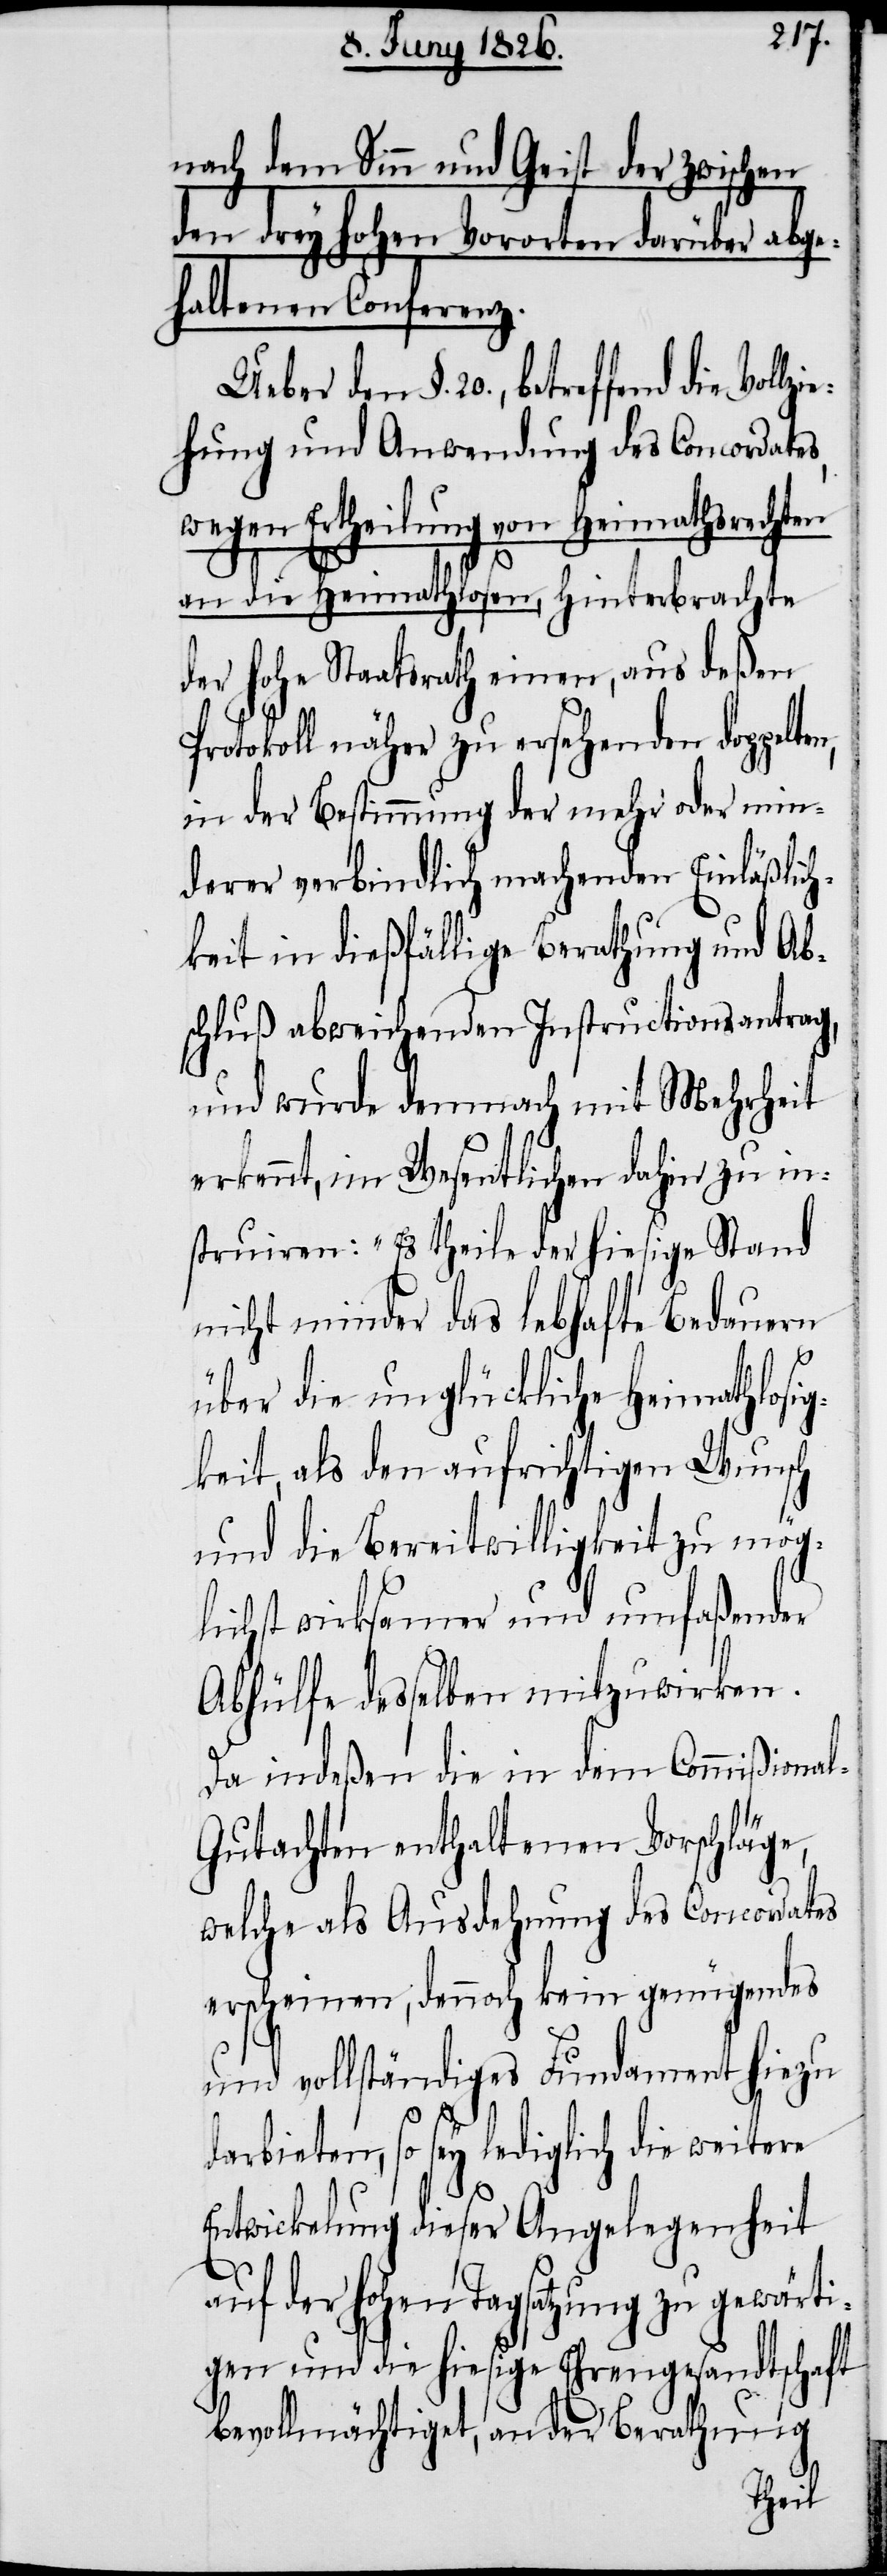
n.[“]
nach dem Sinn und Geist der zwischen
den drey hohen Vororten darüber abge¬
haltenen Conferenz.
Ueber den §. 20., betreffend die Vol¬
ehung und Anwendung des Concordates,
wegen Ertheilung von Heimathsrechten
an die Heimathlosen, hinterbrachte
der hohe Staatsrath einen, aus deßen
Protokoll näher zu ersehenden doppel¬
in der Bestimmung der mehr oder min¬
derer verbindlich machenden Einläßlich¬
keit in dießfällige Berathung und Ab¬
schluß abweichenden Instructionsantrag,
und wurde demnach mit Mehrheit
erkennt, im Wesentlichen dahin zu in¬
struiren: „Es theile der hiesige Stand
minder das lebhafte Bedauern
über die unglückliche Heimathlosi¬
gkeit, als den aufrichtigen Wunsch
und die Bereitwilligkeit zu mög¬
lichst wirksamer und umfaßender
Abhülfe desselben mitzuwirke¬
Da indeßen die in dem Commißiona¬
l-Gutachten enthaltenen Vorschläge,
welche als Ausdehnung des Concordates
erscheinen, dennoch kein genügendes
und vollständiges Fundament hiezu
darbieten, so sey lediglich die weitere
Entwickelung dieser Angelegenheit
lzi¬
auf der hohen Tagsatzung zu gewärti¬
gen und die hiesige Ehrengesandtschaft
bevollmächtiget, an der Berathung
ten,